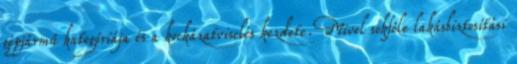
gépjármű kategóriája és a kockázatviselés kezdete. Mivel sokféle lakásbiztosítási